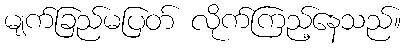
မျက်ခြည်မပြတ် လိုက်ကြည့်နေသည်။